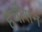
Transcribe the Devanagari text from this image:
हचीसन